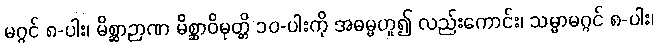
မဂ္ဂင် ၈-ပါး၊ မိစ္ဆာဉာဏ မိစ္ဆာဝိမုတ္တိ ၁၀-ပါးကို အဓမ္မဟူ၍ လည်းကောင်း၊ သမ္မာမဂ္ဂင် ၈-ပါး၊